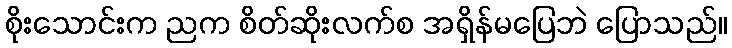
စိုးသောင်းက ညက စိတ်ဆိုးလက်စ အရှိန်မပြေဘဲ ပြောသည်။